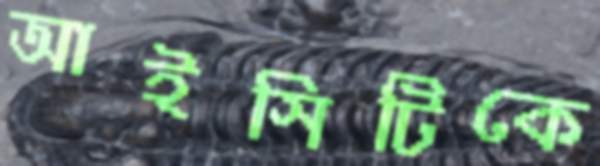
আইসিটিকে